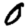
Digit: 0